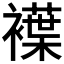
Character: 𧝵